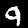
Digit: 9